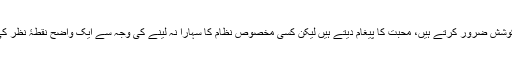
وہ انسانیت پرستی کی منزل تک پہنچنے کی کوشش ضرور کرتے ہیں، محبت کا پیغام دیتے ہیں لیکن کسی مخصوص نظام کا سہارا نہ لینے کی وجہ سے ایک واضح نقطۂ نظر کی کمی ان کے یہاں برابر محسوس ہوتی ہے ‘‘۔